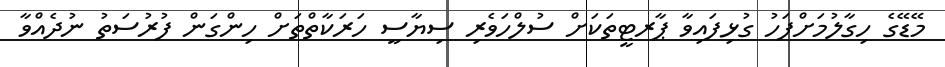
މޭޑޭގެ ހިގާލުމަށްފަހު ގުޅިފައިވާ ޕާރޓީތަކަށް ސުލްހަވެރި ސިޔާސީ ހަރަކާތްތަށް ހިންގަން ފުރުސަތު ނުދެއްވާ